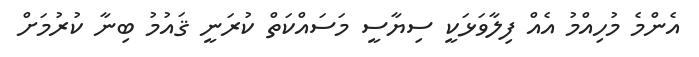
އެންމެ މުހިއްމު އެއް ފިލާވަޅަކީ ސިޔާސީ މަސައްކަތް ކުރަނީ ޤައުމު ބިނާ ކުރުމަށް